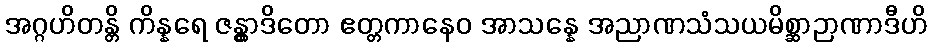
အဂ္ဂဟိတန္တိ ကိန္နရေ ဇန္တွာဒိတော ဧတ္တကာနေဝ အာသန္နေ အညာဏသံသယမိစ္ဆာဉာဏာဒီဟိ